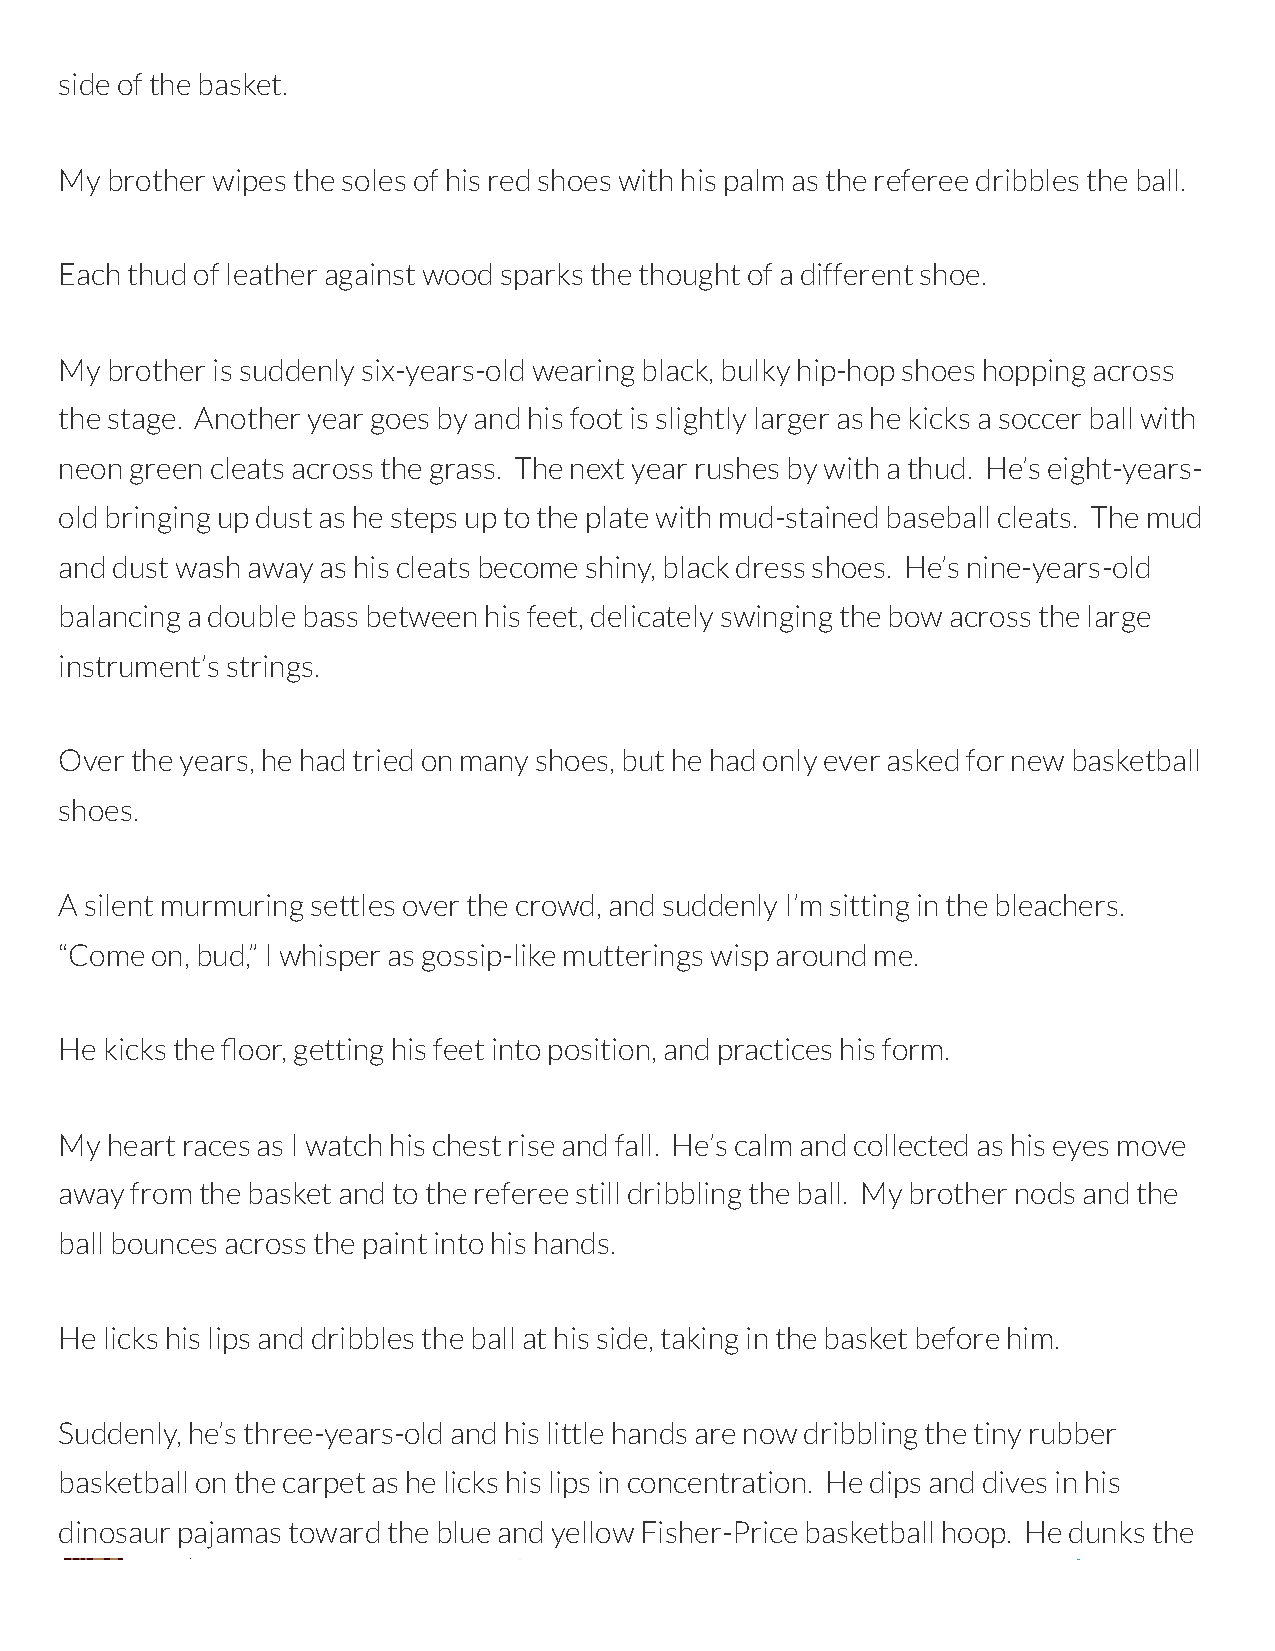
side of the basket.
 My brother wipes the soles of his red shoes with his palm as the referee dribbles the ball.
 Each thud of leather against wood sparks the thought of a different shoe.
 My brother is suddenly six-years-old wearing black, bulky hip-hop shoes hopping across
 the stage. Another year goes by and his foot is slightly larger as he kicks a soccer ball with
 neon green cleats across the grass. The next year rushes by with a thud. He’s eight-years-
 old bringing up dust as he steps up to the plate with mud-stained baseball cleats. The mud
 and dust wash away as his cleats become shiny, black dress shoes. He’s nine-years-old
 balancing a double bass between his feet, delicately swinging the bow across the large
 instrument’s strings.
 Over the years, he had tried on many shoes, but he had only ever asked for new basketball
 shoes.
 A silent murmuring settles over the crowd, and suddenly I’m sitting in the bleachers.
 “Come on, bud,” I whisper as gossip-like mutterings wisp around me.
 He kicks the oor, getting his feet into position, and practices his form.
 My heart races as I watch his chest rise and fall. He’s calm and collected as his eyes move
 away from the basket and to the referee still dribbling the ball. My brother nods and the
 ball bounces across the paint into his hands.
 He licks his lips and dribbles the ball at his side, taking in the basket before him.
 Suddenly, he’s three-years-old and his little hands are now dribbling the tiny rubber
 basketball on the carpet as he licks his lips in concentration. He dips and dives in his
 dinosaur pajamas toward the blue and yellow Fisher-Price basketball hoop. He dunks the